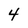
Character: 4